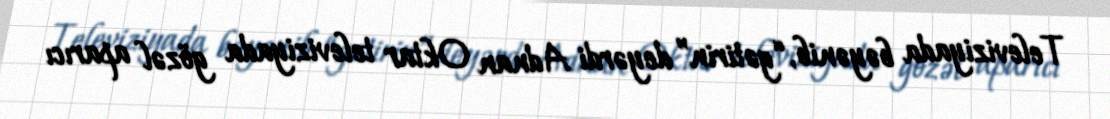
Televiziyada bəyənib, “gətirin” deyərdi Adnan Oktar televiziyada gözəl aparıcı